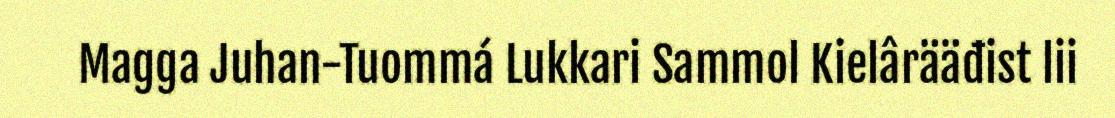
Magga Juhan-Tuommá Lukkari Sammol Kielârääđist lii